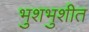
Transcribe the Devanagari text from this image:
भुशभुशीत